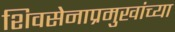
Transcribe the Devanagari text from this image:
शिवसेनाप्रमुखांच्या